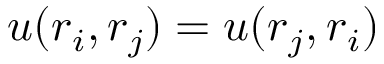
u ( \boldsymbol { r } _ { i } , \boldsymbol { r } _ { j } ) = u ( \boldsymbol { r } _ { j } , \boldsymbol { r } _ { i } )